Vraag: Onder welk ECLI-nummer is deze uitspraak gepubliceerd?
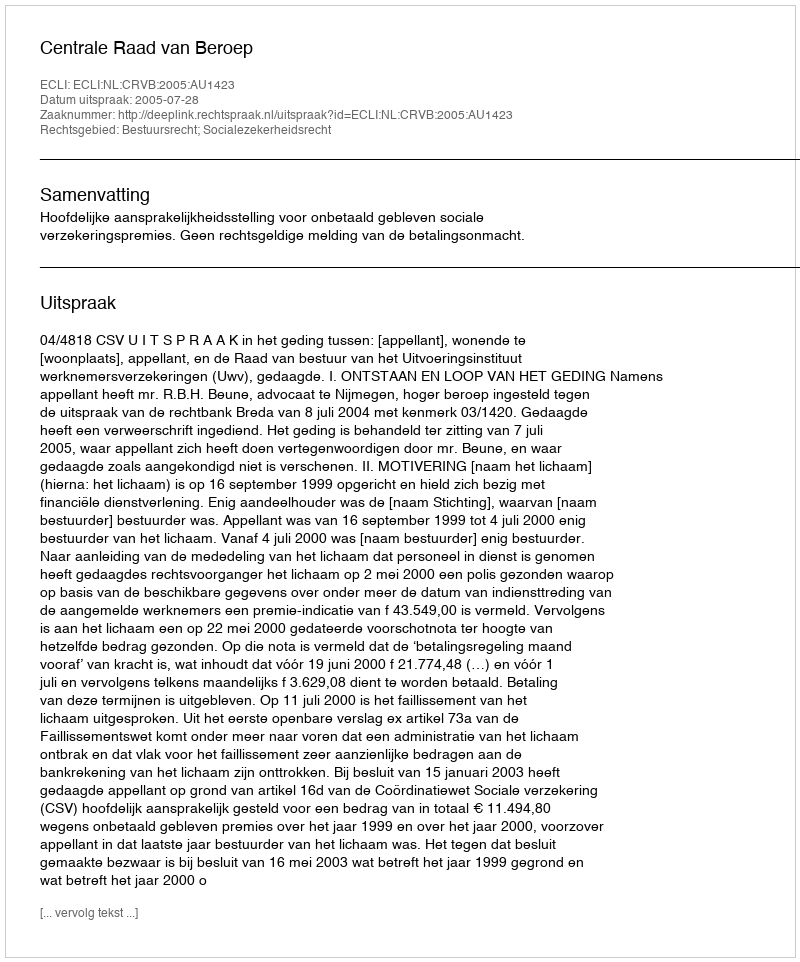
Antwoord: ECLI:NL:CRVB:2005:AU1423